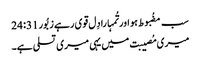
سب مضُبوط ہو اور تُمہارا دِل قوی رہے زبُور 31: 24
میری مُصیبت میں یہی میری تسلی ہے۔